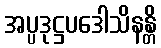
အပ္ပဒုဋ္ဌပဒေါသိနန္တိ